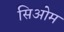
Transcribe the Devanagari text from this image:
सिओम